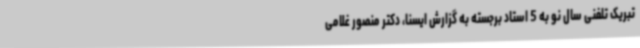
تبریک تلفنی سال نو به 5 استاد برجسته به گزارش ایسنا، دکتر منصور غلامی